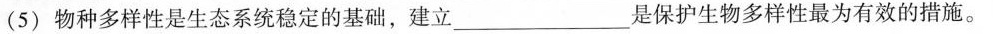
(5)物种多样性是生态系统稳定的基础，建立___是保护生物多样性最为有效的措施。